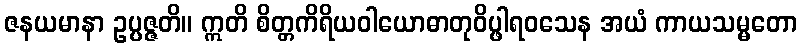
ဇနယမာနာ ဥပ္ပဇ္ဇတိ။ ဣတိ စိတ္တကိရိယဝါယောဓာတုဝိပ္ဖါရဝသေန အယံ ကာယသမ္မတော